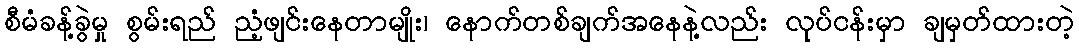
စီမံခန့်ခွဲမှု စွမ်းရည် ညံ့ဖျင်းနေတာမျိုး၊ နောက်တစ်ချက်အနေနဲ့လည်း လုပ်ငန်းမှာ ချမှတ်ထားတဲ့